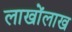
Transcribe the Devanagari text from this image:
लाखोंलाख